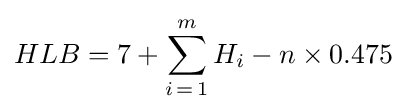
HLB=7+\sum _{i\mathop {=} 1}^{m}H_{i}-n\times 0.475